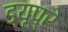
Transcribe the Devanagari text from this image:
ड्यूप्रे